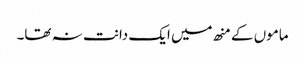
ماموں کے منھ میں ایک دانت نہ تھا۔